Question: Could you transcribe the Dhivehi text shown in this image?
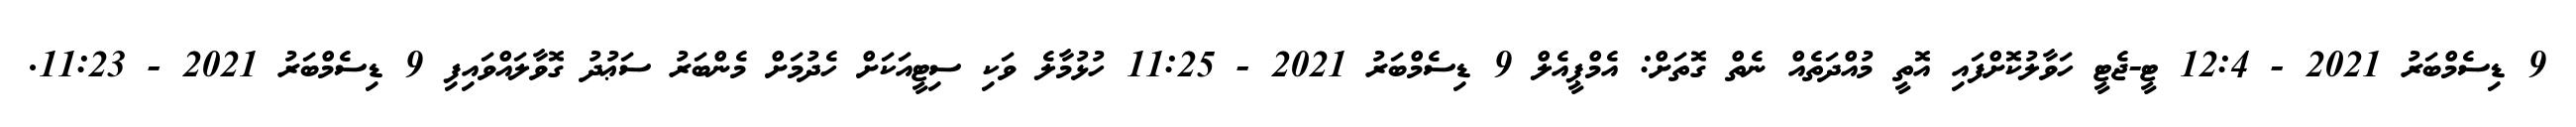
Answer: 9 ޑިސެމްބަރު 2021 - 12:4 ޓީ-ޖެޓީ ހަވާލުކޮށްފައި އޮތީ މުއްދަތެއް ނެތް ގޮތަށް: އެމްޕީއެލް 9 ޑިސެމްބަރު 2021 - 11:25 ހުޅުމާލެ ވަކި ސިޓީއަކަށް ހެދުމަށް މެންބަރު ސަޢުދު ގޮވާލައްވައިފި 9 ޑިސެމްބަރު 2021 - 11:23.